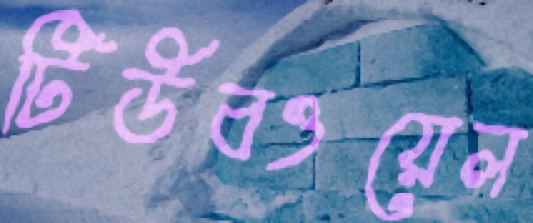
টিউবওয়েল